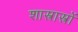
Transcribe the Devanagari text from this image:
शास्त्रास्त्रों